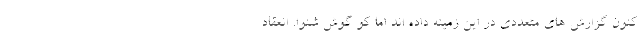
کنون گزارش های متعددی در این زمینه داد‌ه اند اما کو گوش شنوا. انعقاد